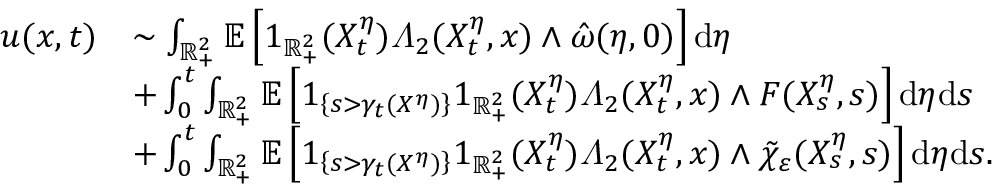
\begin{array} { r l } { u ( x , t ) } & { \sim \int _ { \mathbb { R } _ { + } ^ { 2 } } \mathbb { E } \left[ 1 _ { \mathbb { R } _ { + } ^ { 2 } } ( X _ { t } ^ { \eta } ) \varLambda _ { 2 } ( X _ { t } ^ { \eta } , x ) \wedge \hat { \omega } ( \eta , 0 ) \right] \mathrm { d } \eta } \\ & { + \int _ { 0 } ^ { t } \int _ { \mathbb { R } _ { + } ^ { 2 } } \mathbb { E } \left[ 1 _ { \left\{ s > \gamma _ { t } ( X ^ { \eta } ) \right\} } 1 _ { \mathbb { R } _ { + } ^ { 2 } } ( X _ { t } ^ { \eta } ) \varLambda _ { 2 } ( X _ { t } ^ { \eta } , x ) \wedge F ( X _ { s } ^ { \eta } , s ) \right] \mathrm { d } \eta \mathrm { d } s } \\ & { + \int _ { 0 } ^ { t } \int _ { \mathbb { R } _ { + } ^ { 2 } } \mathbb { E } \left[ 1 _ { \left\{ s > \gamma _ { t } ( X ^ { \eta } ) \right\} } 1 _ { \mathbb { R } _ { + } ^ { 2 } } ( X _ { t } ^ { \eta } ) \varLambda _ { 2 } ( X _ { t } ^ { \eta } , x ) \wedge \tilde { \chi } _ { \varepsilon } ( X _ { s } ^ { \eta } , s ) \right] \mathrm { d } \eta \mathrm { d } s . } \end{array}